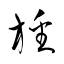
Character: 旙